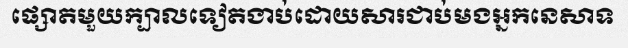
ផ្សោតមួយក្បាលទៀតងាប់ដោយសារជាប់មងអ្នកនេសាទ